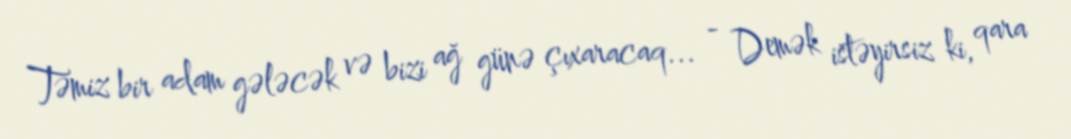
Təmiz bir adam gələcək və bizi ağ günə çıxaracaq... - Demək istəyirsiz ki, qara